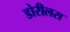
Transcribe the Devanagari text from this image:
डोरीलस